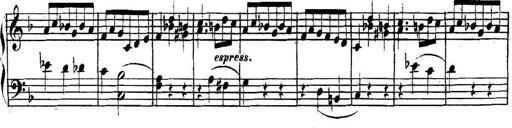
Title: Collected Piano Sonatas
Composer: Muzio Clementi